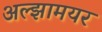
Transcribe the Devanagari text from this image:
अल्झामयर